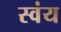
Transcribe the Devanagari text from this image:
स्‍वंय